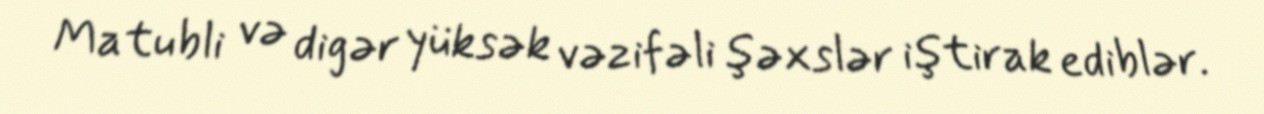
Matubli və digər yüksək vəzifəli şəxslər iştirak ediblər.